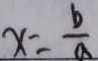
x = \frac { b } { a }